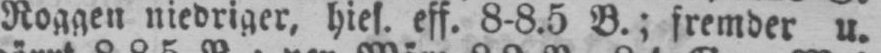
Roggen niedriger, hies. eff. 8-8.5 B.; fremder u.